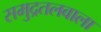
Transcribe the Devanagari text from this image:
समुद्रतलवाला